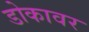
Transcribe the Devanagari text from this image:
डोकावर